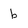
Character: b